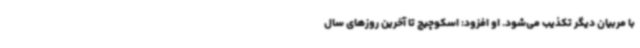
با مربیان دیگر تکذیب می‌شود. او افزود: اسکوچیچ تا آخرین روزهای سال